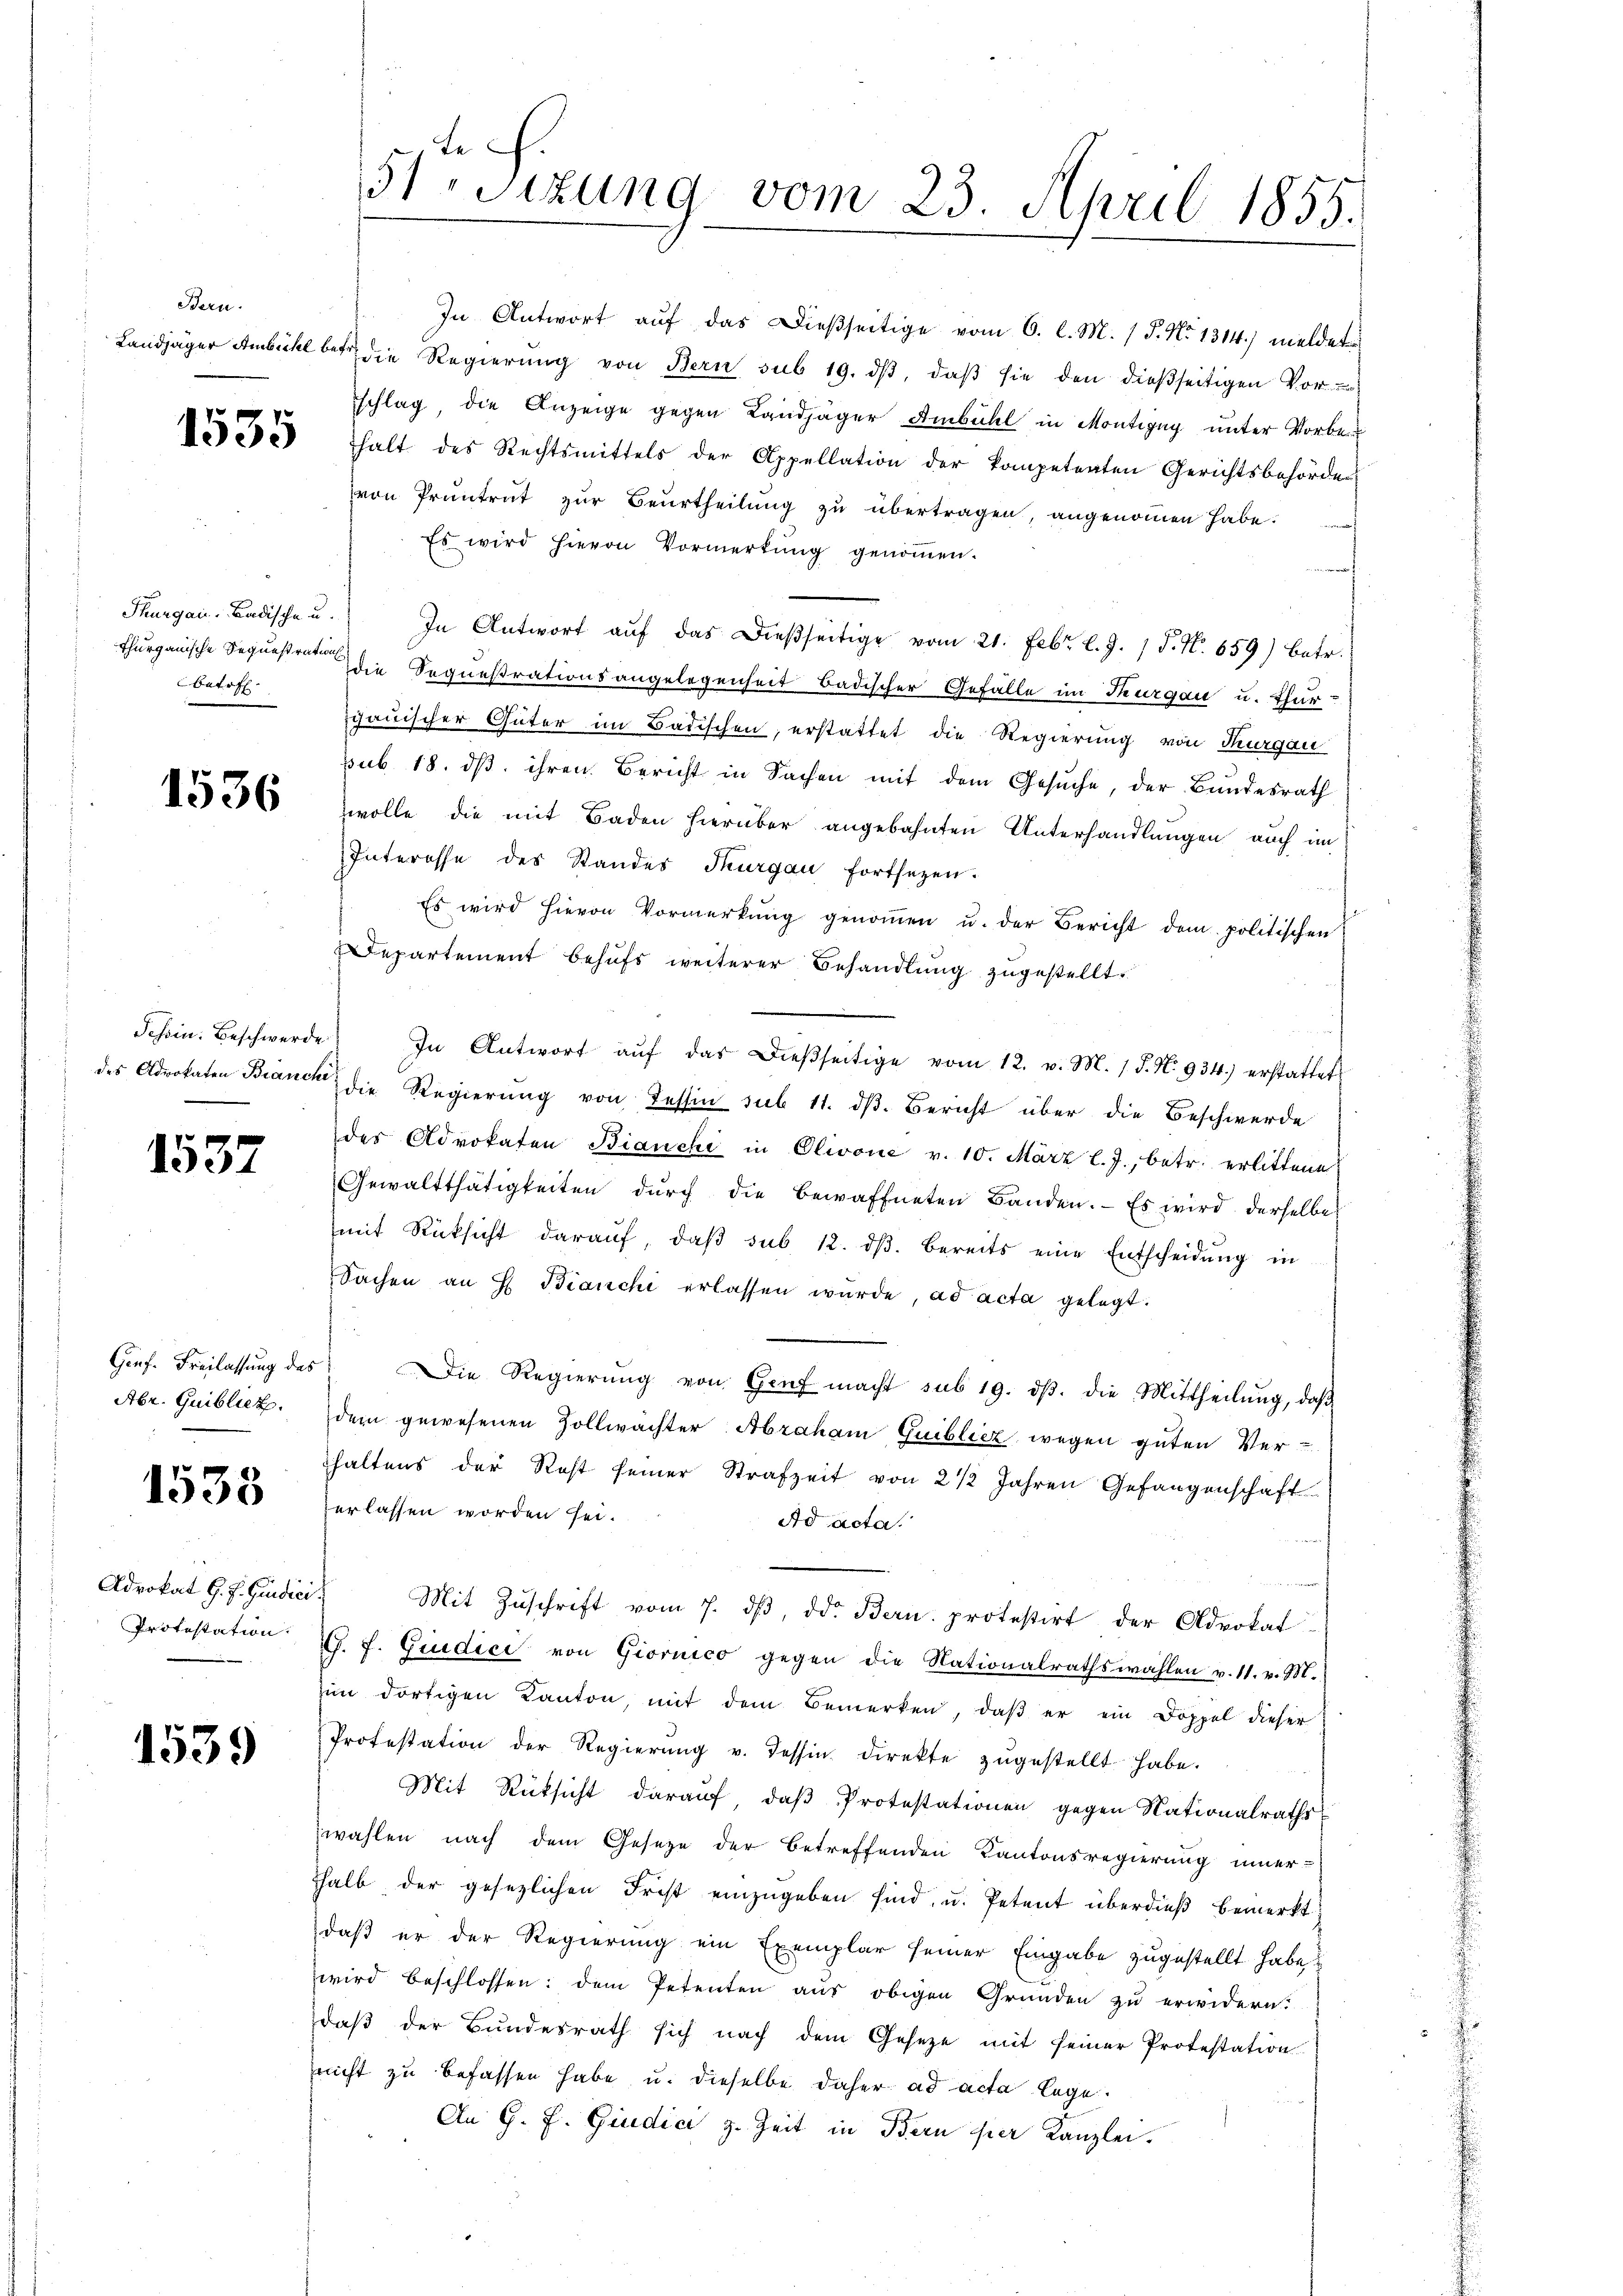
Bern.

betr.

1536

1537

Abr. Guiblick.

1533

Protestation.

1539

In Antwort auf das Dießseitige vom 6. l. M. / P. No 1314) meldet
Landjäger Ambichl bei die Regierŭng von Bern sub 19. dβ, daβ sie den dießseitigen Vor-
schlag die Anzeige gegen Landjäger Ambühl in Montigny unter Vorbe¬
35 halt des Rechtsmittels der Appellation der kompetenten Gerichtsbehörde
von Pruntrat zur Beurtheilung zu übertragen, angenommen habe.
Es wird hievon Vormerkŭng genoṁen.
Thurgau. Badische u. In Antwort aŭf das dießseitige vom 21. Febr. l. J. 1 S. Nr. 659) betr.
Thurgauische Bequesten die Sequestrationsangelegenheit badischer Gefälle im Thurgau u. Thurgauischer Güter im Badischen, erstattet die Regierung von Thurgau
pub. 18. dβ ihren Bericht in Sachen mit dem Gesŭche, der Bundesrath
wolle die mit Baden hierüber angebahnten Unterhandlungen auch im
Interesse des Standes Thurgau fortsezen.
Es wird hievon Vormerkŭng genoṁen u. der Bericht dem politischen
Departement behufs weiterer Behandlung zugestellt.
Schein. Beschwerde. In Antwort aŭf das dieβseitige vom 12. v. M. 1 S. Nr. 934.) erstattet
des Advokaten Branck die Regierŭng von Tessin sub 11. dβ. Bericht über die Beschwerde
des Advokaten Bianchi in Olivone v. 10. März l. J., betr. erlittene
Gewaltthätigkeiten dŭrch die Bewaffneten Banden. Es wird derselbe
mit Rücksicht daraŭf, daβ sub 12. dβ. bereits eine Entscheidŭng in
Sachen an H. Bianchi erlassen würde, ad acta gelegt.
Genf. Freilassŭng des Die Regierŭng von Genf macht sub 19. dβ. die Mittheilŭng, daβ
dem gewesenen Zollwachter Abraham Guiblicz wegen guten Ver-
haltens der Rost seiner Strafzeit von 2 1/2 Jahren Gefangenschaft
erlassen worden sei.
Ad acta
Adrokat G. H. Gedici, Mit Zŭschrift vom 7. dβ, dd. Bern protestirt der Advokat
G. f. Giudici von Giornico gegen die Nationalrathswahlen v. 11. v. M.
im dortigen Kanton, mit dem Bemerken, daβ er ein Doppel dieser
Protestation der Regierŭng u. Tessin direkte zŭgestellt habe.
Mit Rücksicht darauf, daß Protestationen gegen Nationalraths
wahlen nach dem Gesetze der betreffenden Kantonsregierung inner-
halb der gesezlichen Frist einzugeben sind, u. Petent überdieß bemerkt:
daß er der Regierung ein Exemplar seiner Eingabe zugestellt habe,
wird beschlossen: dem Petenten aus obigen Gründen zu erwidern.
daß der Bundesrath sich nach dem Gesetze mit seiner Protestation
nicht zu befassen habe u. dieselbe daher ad acta lege.
An G. P. Giudici z. Zeit in Bern per Kanzlei.

51 Sitzung vom 23. April 1855.